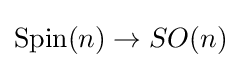
\operatorname {Spin} (n)\to SO(n)